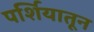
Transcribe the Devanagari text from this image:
पर्शियातून